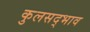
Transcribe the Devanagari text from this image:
कुलसद्भाव